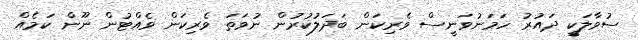
ސުވާލަކީ ދައުރު ހަމަނުވަނީސް ވެރިކަން ބަދަލުކުރުން ނުވަތަ ވެރިކަން ވެއްޓުން ނޫން ކަމެއް